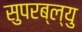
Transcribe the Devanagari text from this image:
सुपरब्ल्यु